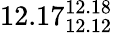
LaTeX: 12.17_{12.12}^{12.18}